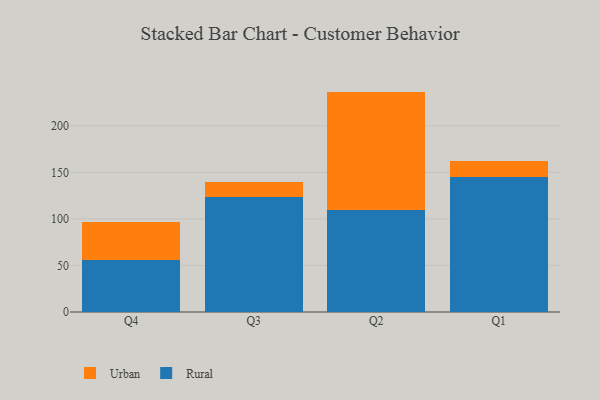
{"axis": {"x": "Quarter", "y": "Active Users"}, "legend": ["Rural", "Urban"], "data": [{"x": "Q4", "y": 55.9, "type": "Rural"}, {"x": "Q4", "y": 40.4, "type": "Urban"}, {"x": "Q3", "y": 124.0, "type": "Rural"}, {"x": "Q3", "y": 15.4, "type": "Urban"}, {"x": "Q2", "y": 109.6, "type": "Rural"}, {"x": "Q2", "y": 127.1, "type": "Urban"}, {"x": "Q1", "y": 145.1, "type": "Rural"}, {"x": "Q1", "y": 17.5, "type": "Urban"}]}